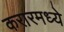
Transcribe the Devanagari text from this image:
करारमध्ये